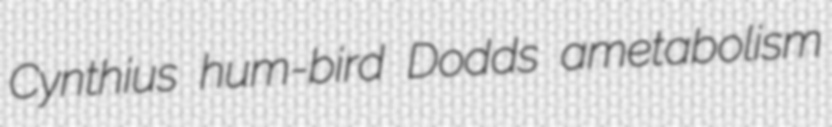
Cynthius hum-bird Dodds ametabolism